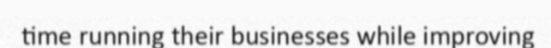
time running their businesses while improving